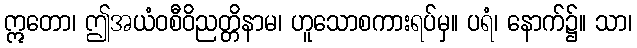
ဣတော၊ ဤအယံဝစီဝိညတ္တိနာမ၊ ဟူသောစကားရပ်မှ။ ပရံ၊ နောက်၌။ သာ၊